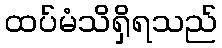
ထပ်မံသိရှိရသည်